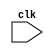
module timing_control_and_synchronization (
    input wire clk,
    // Add input and output ports as needed
    // Add internal signals as needed
);

    // Add timing control and synchronization logic here

endmodule